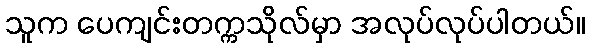
သူက ပေကျင်းတက္ကသိုလ်မှာ အလုပ်လုပ်ပါတယ်။